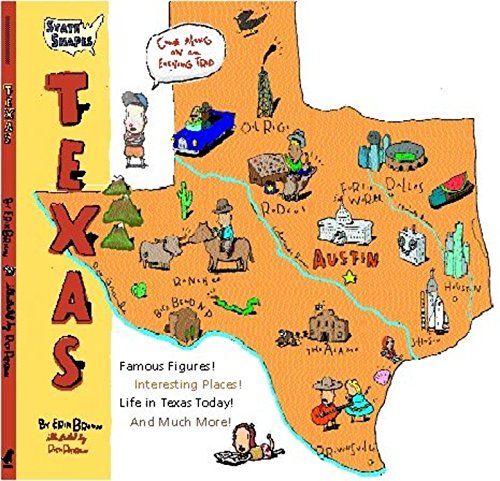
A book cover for State Shapes : Texas; Erik Bruun; Children's Books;